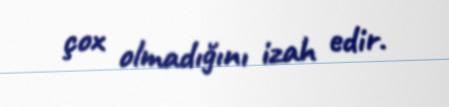
çox olmadığını izah edir.